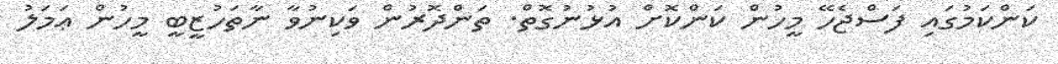
ކަންކަމުގައި ފަސްޖެހޭ މީހުން ކަންކޮށް އުޅުނުގޮތް. ތަންދޮރުން ވަކިނުވާ ނާތަހުޒީބީ މީހުން ޢަމަލު